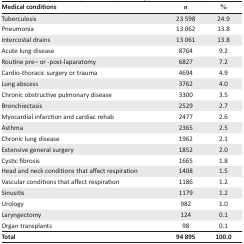
<table><thead><tr><td><b>Medical conditions</b></td><td><b><i>n</i></b></td><td><b>%</b></td></tr></thead><tbody><tr><td>Tuberculosis</td><td>23 598</td><td>24.9</td></tr><tr><td>Pneumonia</td><td>13 062</td><td>13.8</td></tr><tr><td>Intercostal drains</td><td>13 061</td><td>13.8</td></tr><tr><td>Acute lung disease</td><td>8764</td><td>9.2</td></tr><tr><td>Routine pre– or -post-laparatomy</td><td>6827</td><td>7.2</td></tr><tr><td>Cardio-thoracic surgery or trauma</td><td>4694</td><td>4.9</td></tr><tr><td>Lung abscess</td><td>3762</td><td>4.0</td></tr><tr><td>Chronic obstructive pulmonary disease</td><td>3300</td><td>3.5</td></tr><tr><td>Bronchiectasis</td><td>2529</td><td>2.7</td></tr><tr><td>Myocardial infarction and cardiac rehab</td><td>2477</td><td>2.6</td></tr><tr><td>Asthma</td><td>2365</td><td>2.5</td></tr><tr><td>Chronic lung disease</td><td>1962</td><td>2.1</td></tr><tr><td>Extensive general surgery</td><td>1852</td><td>2.0</td></tr><tr><td>Cystic fibrosis</td><td>1665</td><td>1.8</td></tr><tr><td>Head and neck conditions that affect respiration</td><td>1408</td><td>1.5</td></tr><tr><td>Vascular conditions that affect respiration</td><td>1186</td><td>1.2</td></tr><tr><td>Sinusitis</td><td>1179</td><td>1.2</td></tr><tr><td>Urology</td><td>982</td><td>1.0</td></tr><tr><td>Laryngectomy</td><td>124</td><td>0.1</td></tr><tr><td>Organ transplants</td><td>98</td><td>0.1</td></tr><tr><td><b>Total</b></td><td><b>94 895</b></td><td><b>100.0</b></td></tr></tbody></table>